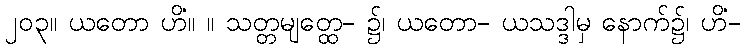
၂၀၃။ ယတော ဟိံ။ ။ သတ္တမျတ္ထေ- ၌၊ ယတော- ယသဒ္ဒါမှ နောက်၌၊ ဟိံ-